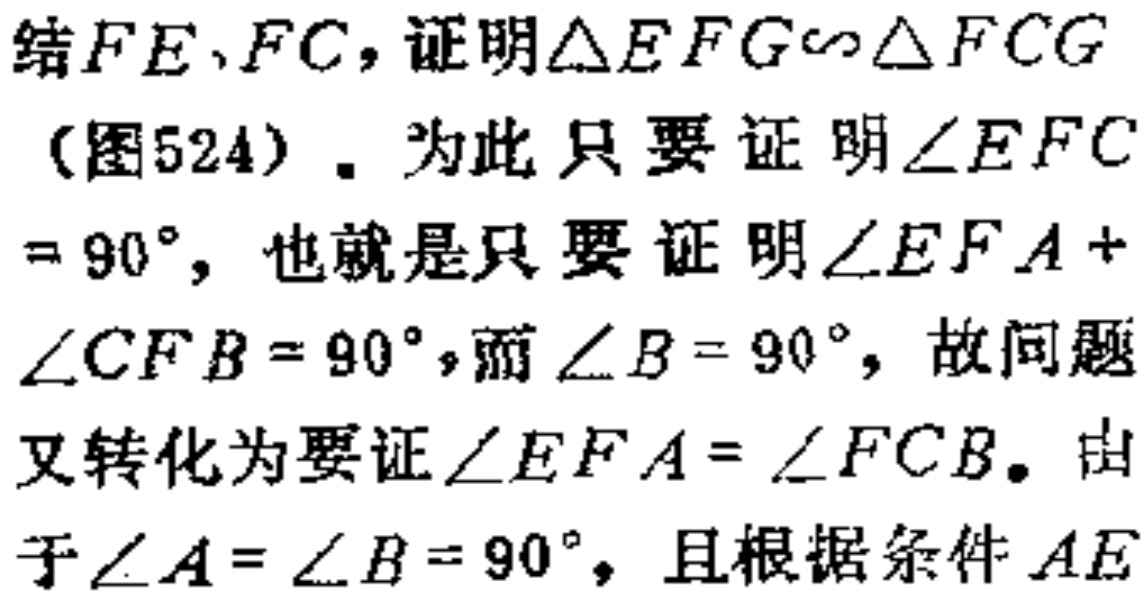
结\(FE\)、\(FC\)，证明\(\triangle EFG\sim\triangle FCG\)（图524）。为此只要证明\(\angle EFC = 90^{\circ}\)，也就是只要证明\(\angle EFA+\angle CFB = 90^{\circ}\)，而\(\angle B = 90^{\circ}\)，故问题又转化为要证\(\angle EFA=\angle FCB\)。由于\(\angle A=\angle B = 90^{\circ}\)，且根据条件\(AE\)